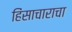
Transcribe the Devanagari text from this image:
हिंसाचाराचा